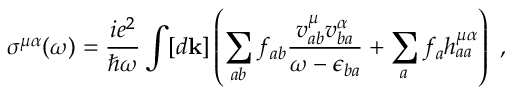
\sigma ^ { \mu \alpha } ( \omega ) = \frac { i e ^ { 2 } } { \hslash \omega } \int [ d \mathbf { k } ] \left( \sum _ { a b } f _ { a b } \frac { v _ { a b } ^ { \mu } v _ { b a } ^ { \alpha } } { \omega - \epsilon _ { b a } } + \sum _ { a } f _ { a } h _ { a a } ^ { \mu \alpha } \right) \mathrm { ~ , ~ }